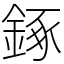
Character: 𨧧